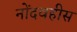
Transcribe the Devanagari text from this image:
नोंदवहीस